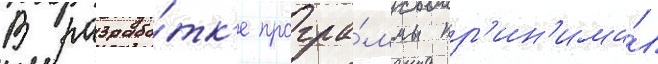
В разрабо́тк'е програ́ммы пр'ин'има́л